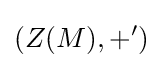
(Z(M),+')